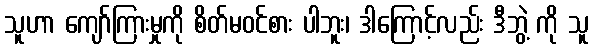
သူဟာ ကျော်ကြားမှုကို စိတ်မဝင်စား ပါဘူး၊ ဒါကြောင့်လည်း ဒီဘွဲ့ ကို သူ